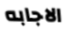
الاجابه